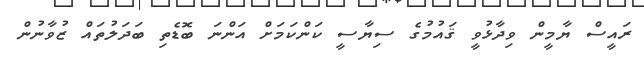
ރައީސް ޔާމީން ވިދާޅުވީ ޤައުމުގެ ސިޔާސީ ކަންކަމަށް އަންނަ ބޮޑެތި ބަދަލުތައް ޒުވާނުން